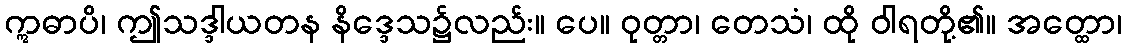
ဣဓာပိ၊ ဤသဒ္ဒါယတန နိဒ္ဒေသ၌လည်း။ ပေ။ ဝုတ္တာ၊ တေသံ၊ ထို ဝါရတို့၏။ အတ္ထော၊